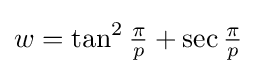
w=\tan ^{2}{\tfrac {\pi }{p}}+\sec {\tfrac {\pi }{p}}